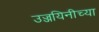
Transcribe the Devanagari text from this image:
उज्जयिनीच्या